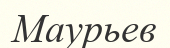
Маурьев